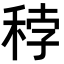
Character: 𥞳